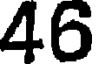
46